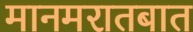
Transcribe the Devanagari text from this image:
मानमरातबात